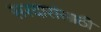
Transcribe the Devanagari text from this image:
सरदारांसाठी